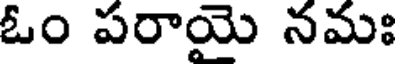
ఓం పరాయై నమః